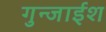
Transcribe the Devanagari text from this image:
गुन्जाईश